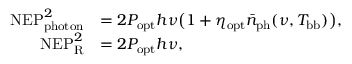
\begin{array} { r l } { \mathrm { N E P } _ { \mathrm { p h o t o n } } ^ { 2 } } & { = 2 P _ { \mathrm { o p t } } h \nu \big ( 1 + \eta _ { \mathrm { o p t } } \bar { n } _ { \mathrm { p h } } ( \nu , T _ { \mathrm { b b } } ) \big ) , } \\ { \mathrm { N E P } _ { \mathrm { R } } ^ { 2 } } & { = 2 P _ { \mathrm { o p t } } h \nu , } \end{array}